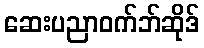
ဆေးပညာဝက်ဘ်ဆိုဒ်